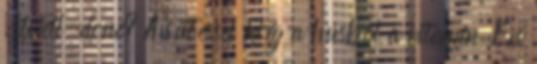
„Well-done? A sütéssel kiég a húsból a vitamin Én